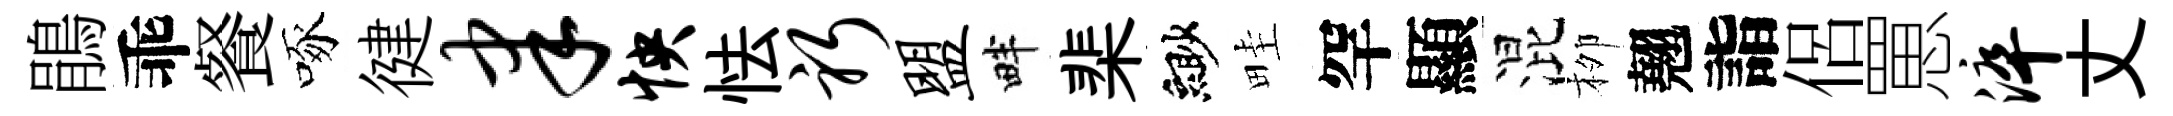
鵑乖餐啄徤聿怏怯躬盟畔棐緲畦罕顯混栁翹詣侶罳淬丈